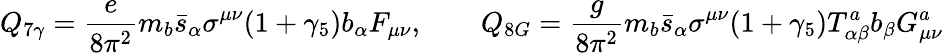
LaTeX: Q_{7\gamma}=\frac{e}{8\pi^{2}}m_{b}\bar{s}_{\alpha}\sigma^{\mu\nu}(1+\gamma_{5})b_{\alpha}F_{\mu\nu},\qquad Q_{8G}=\frac{g}{8\pi^{2}}m_{b}\bar{s}_{\alpha}\sigma^{\mu\nu}(1+\gamma_{5})T_{\alpha\beta}^{a}b_{\beta}G_{\mu\nu}^{a}